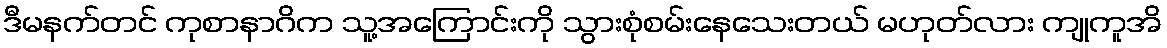
ဒီမနက်တင် ကုစာနာဂိက သူ့အကြောင်းကို သွားစုံစမ်းနေသေးတယ် မဟုတ်လား ကျုကူအိ